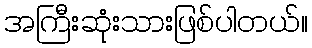
အကြီးဆုံးသားဖြစ်ပါတယ်။